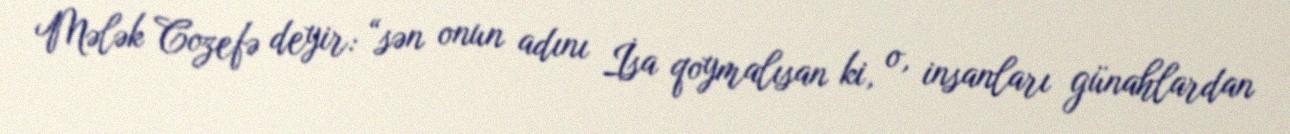
Mələk Cozefə deyir: “sən onun adını İsa qoymalısan ki, o, insanları günahlardan